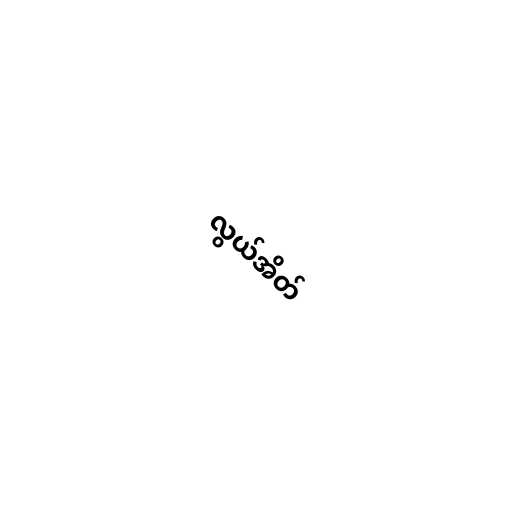
လွယ်အိတ်